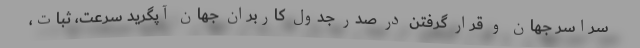
سراسر جهان و قرار گرفتن در صدر جدول کاربران جهان آپگرید سرعت، ثبات،